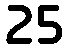
25